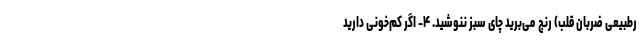
رطبیعی ضربان قلب) رنج می‌برید چای سبز ننوشید. ۴- اگر کم‌خونی دارید